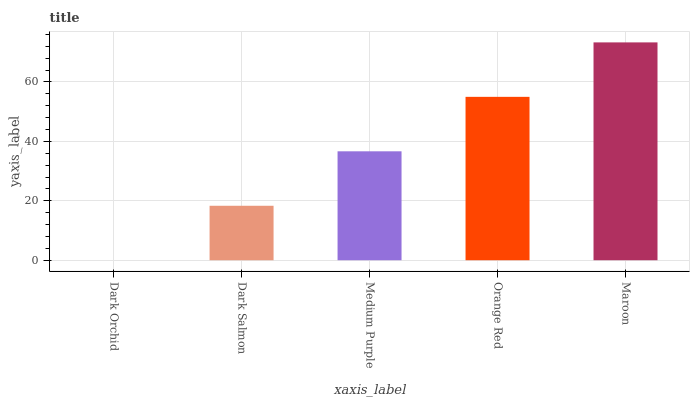
| xaxis_label | bars |
 | --- | --- |
 | Dark Orchid | 0 |
 | Dark Salmon | 18.3 |
 | Medium Purple | 36.7 |
 | Orange Red | 55 |
 | Maroon | 73.3 |